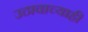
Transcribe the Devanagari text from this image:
उठावाच्याही